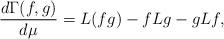
LaTeX: \begin{align*}\frac{d\Gamma(f,g)}{d\mu}=L(fg)-fLg-gLf, \end{align*}